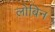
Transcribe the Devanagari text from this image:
लोबिन